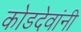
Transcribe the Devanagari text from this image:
कोडदेवांनी